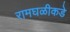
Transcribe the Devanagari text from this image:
रामघळीकडे